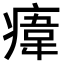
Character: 𤸆